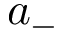
a _ { - }